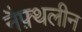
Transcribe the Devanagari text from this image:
नैफ़्थलीन